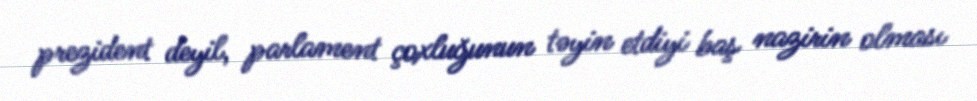
prezident deyil, parlament çoxluğunun təyin etdiyi baş nazirin olması